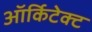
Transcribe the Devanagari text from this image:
ऑर्किटेक्ट